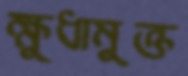
ক্ষুধামুক্ত